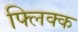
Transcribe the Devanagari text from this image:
फ्लिक्क